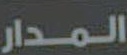
المدار